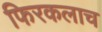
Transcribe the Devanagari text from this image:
फिरकलाच